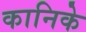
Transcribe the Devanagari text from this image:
कानिके